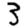
Digit: 3